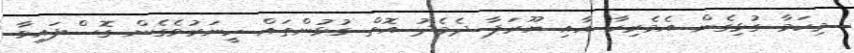
މިކަމާ ގުޅިގެން އެމެރިކާ އާއި ޔޫރަޕާ ދެމެދު އޮތް ގުޅުންތައް ހީނަރުވެގެން ގޮސްފައިވާ